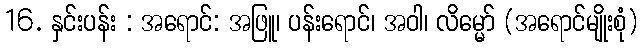
16. နှင်းပန်း : အရောင်: အဖြူ၊ ပန်းရောင်၊ အဝါ၊ လိမ္မော် (အရောင်မျိုးစုံ)